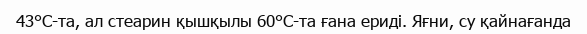
43°С-та, ал стеарин қышқылы 60°С-та ғана ериді. Яғни, су қайнағанда